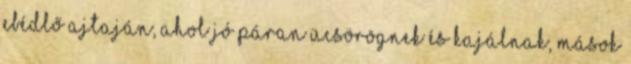
ebédlő ajtaján, ahol jó páran ücsörögnek és kajálnak, mások